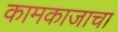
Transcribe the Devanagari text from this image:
कामकाजाचा